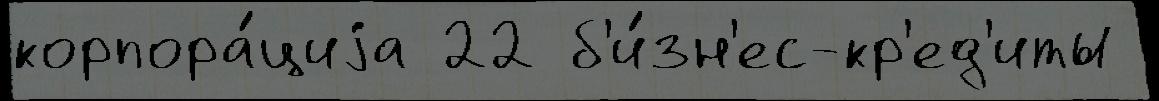
корпора́циjа 22 б'и́зн'ес-кр'ед'иты